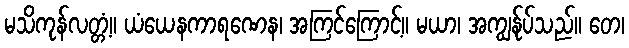
မသိကုန်လတ္တံ့။ ယံယေနကာရဏေန၊ အကြင်ကြောင့်။ မယာ၊ အကျွန်ုပ်သည်။ တေ၊